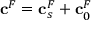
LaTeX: \mathbf { c } ^ { F } = \mathbf { c } _ { s } ^ { F } + \mathbf { c } _ { 0 } ^ { F }